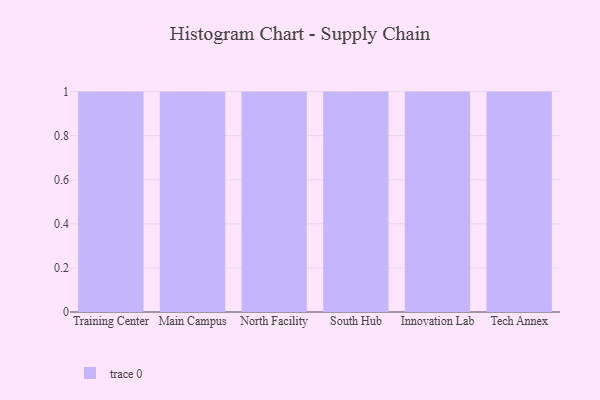
{"axis": {"x": "Campus", "y": "Market Share (%)"}, "legend": [""], "data": [{"x": "Training Center", "y": 12, "type": ""}, {"x": "Main Campus", "y": 25, "type": ""}, {"x": "North Facility", "y": 86, "type": ""}, {"x": "South Hub", "y": 23, "type": ""}, {"x": "Innovation Lab", "y": 19, "type": ""}, {"x": "Tech Annex", "y": 10, "type": ""}]}